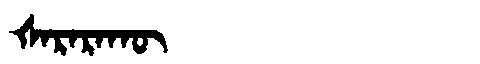
Manchu: ᡧᠠᡵᠠᡵᠠᡴᡡ
Romanization: ŠARARAKŪ